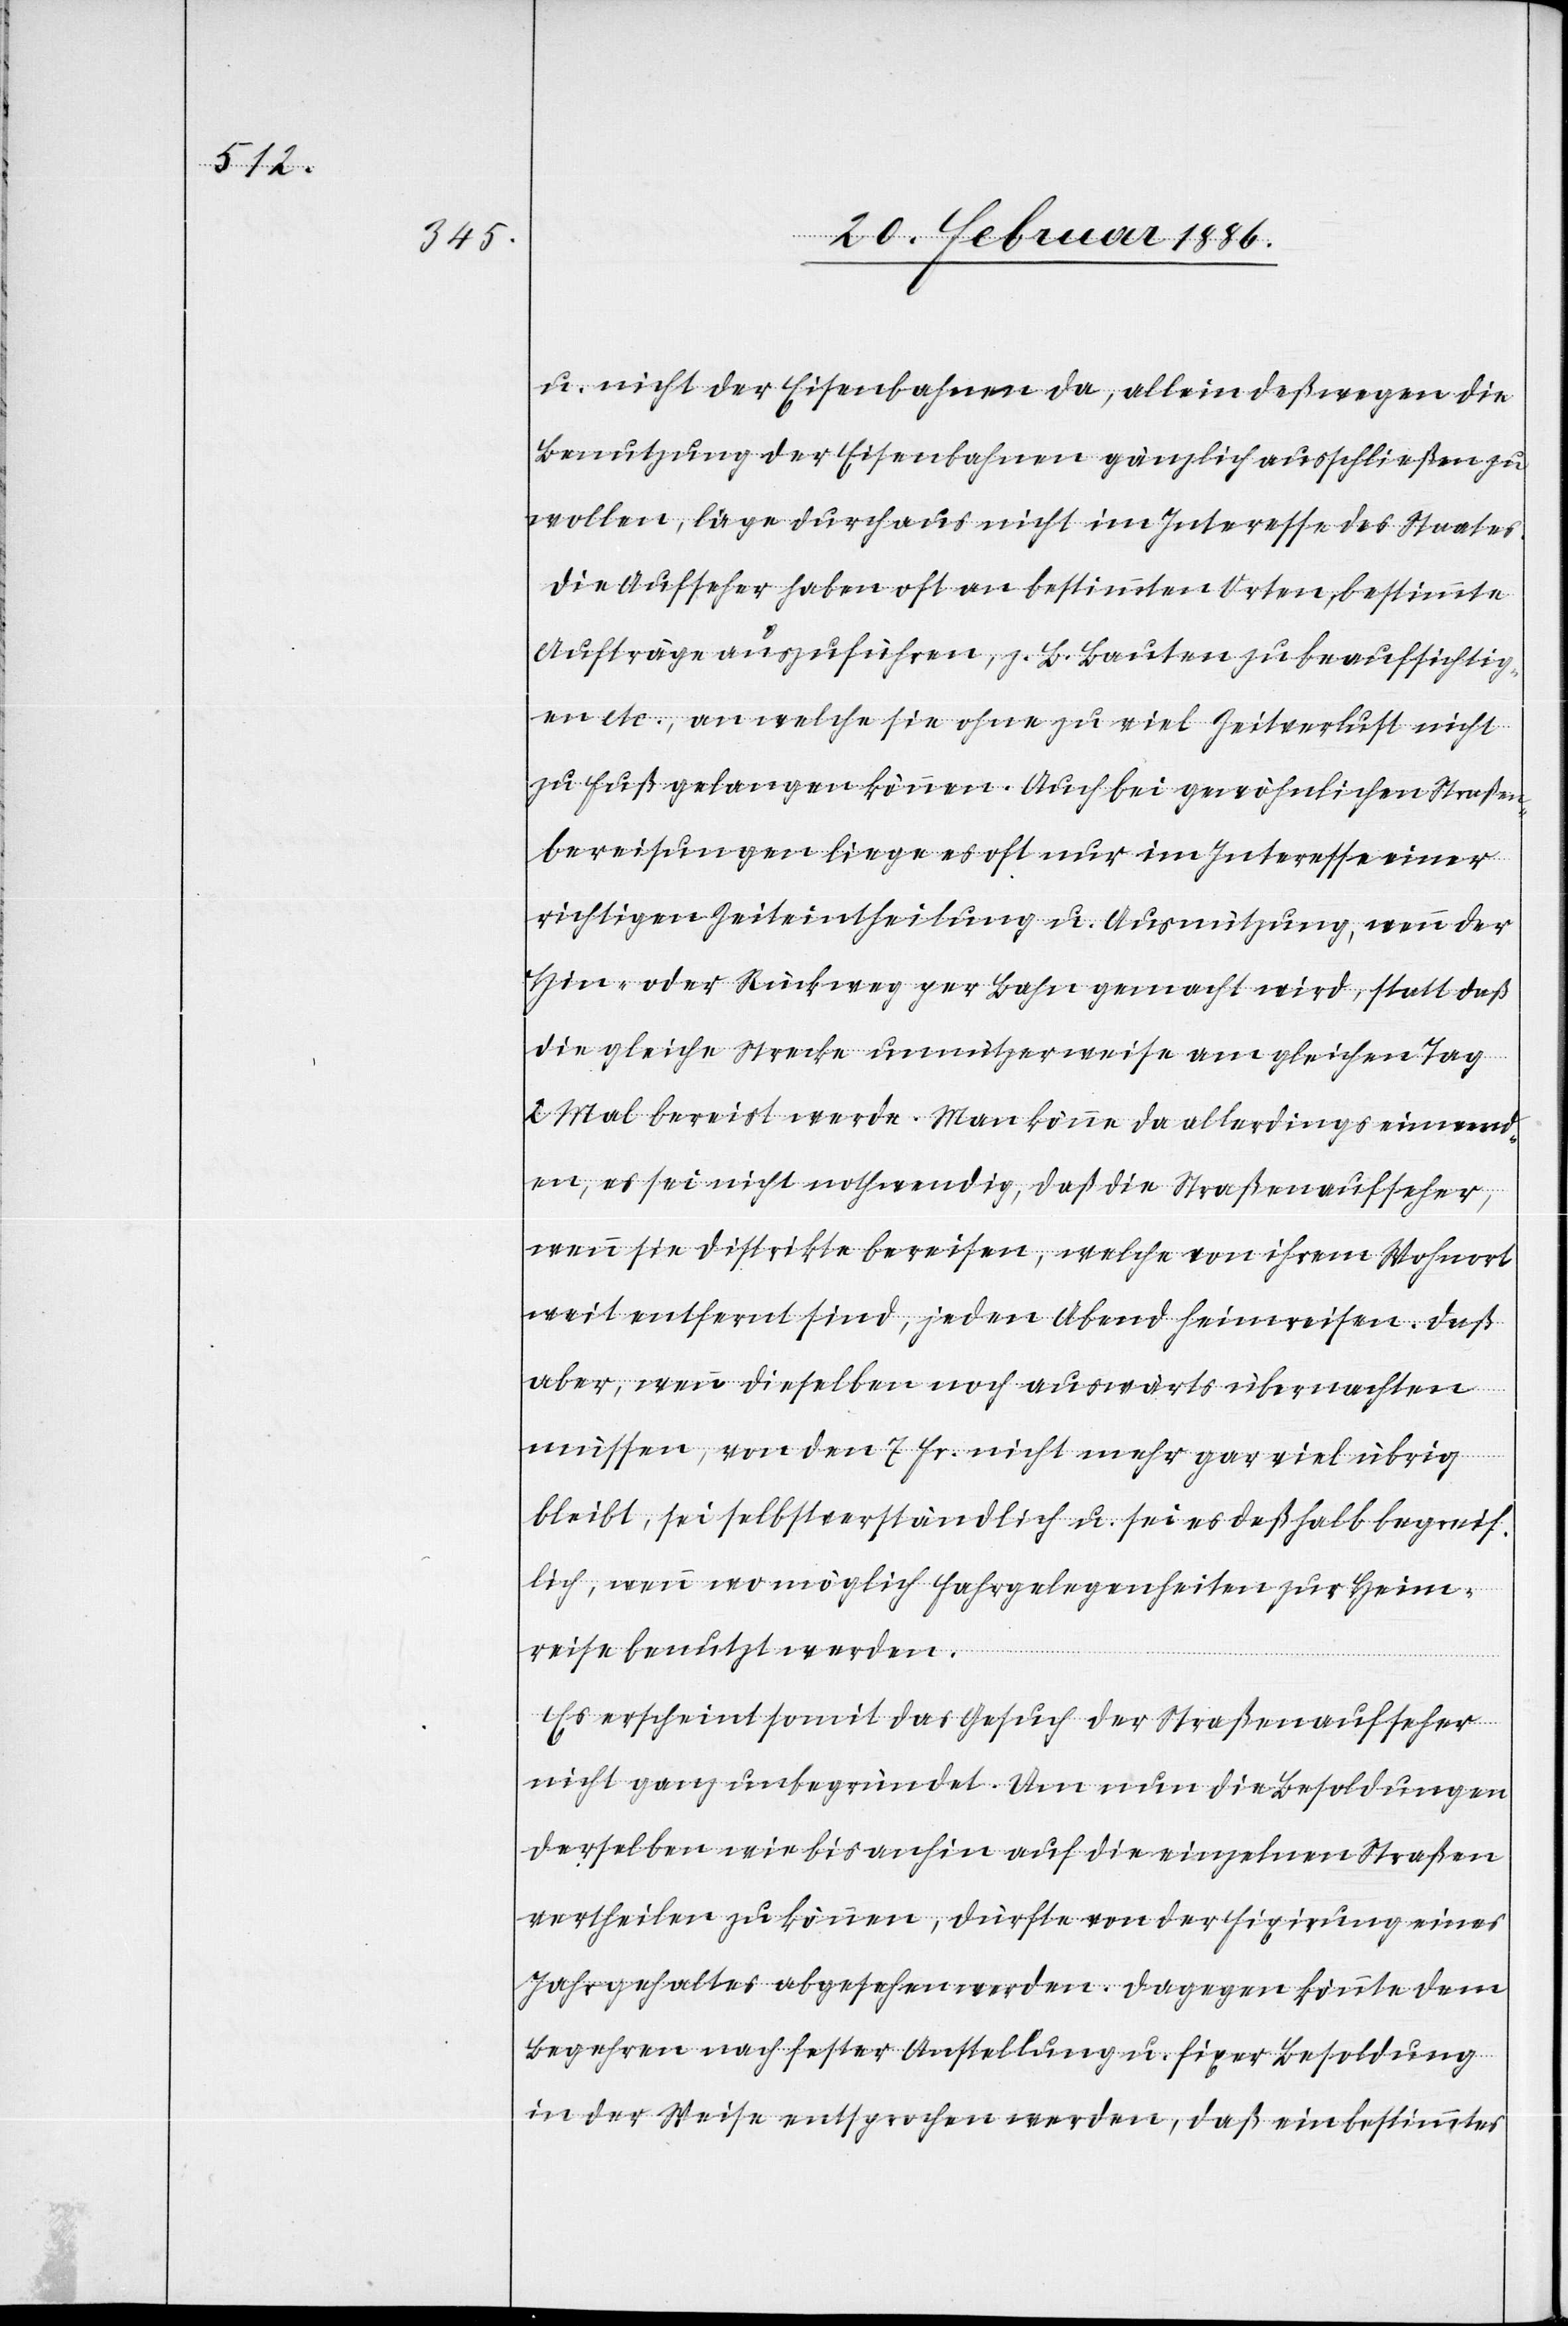
u. nicht der Eisenbahnen da, allein deßwegen die
Benutzung der Eisenbahnen gänzlich ausschließen zu
wollen, läge durchaus nicht im Interesse des Staates.
Die Aufseher haben oft an bestimmten Orten, bestimmte
Aufträge auszuführen, z. B. Bauten zu beaufsichtig¬
en etc., an welche sie ohne zu viel Zeitverlust nicht
zu Fuß gelangen können. Auch bei gewöhnlichen Straßen¬
bereisungen liege es oft nur im Interesse einer
richtigen Zeiteintheilung u. Ausnützung, wenn der
Hin- oder Rückweg per Bahn gemacht wird, statt daß
die gleiche Strecke unnützerweise am gleichen Tag
2 Mal bereist werde. Man könne da allerdings einwend¬
en, es sei nicht nothwendig, daß die Straßenaufseher,
wenn sie Distrikte bereisen, welche von ihrem Wohnort
weit entfernt sind, jeden Abend heimreisen. Daß
aber, wenn dieselben noch auswärts übernachten
müssen, von den 7 Fr. nicht mehr gar viel übrig
bleibt, sei selbstverständlich u. sei es deßhalb begreif¬
lich, wenn wo möglich Fahrgelegenheiten zur Heim¬
reise benutzt werden.
Es erscheint somit das Gesuch der Straßenaufseher
nicht ganz unbegründet. Um nun die Besoldungen
derselben wie bis anhin auf die einzelnen Straßen
vertheilen zu können, dürfte von der Fixirung eines
Jahresgehaltes abgesehen werden. Dagegen könnte dem
Begehren nach fester Anstellung u. fixer Besoldung
in der Weise entsprochen werden, daß ein bestimmtes